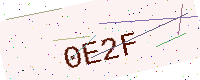
Text: 0E2F